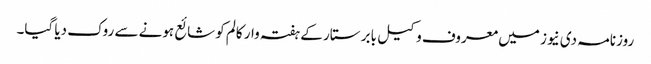
روزنامہ دی نیوز میں معروف وکیل بابر ستار کے ہفتہ وار کالم کو شائع ہونے سے روک دیا گیا۔